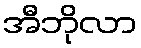
အီဘိုလာ